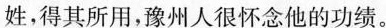
姓，得其所用，豫州人很怀念他的功绩。